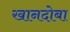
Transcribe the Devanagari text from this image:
खानदोबा